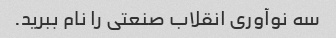
سه نوآوری انقلاب صنعتی را نام ببرید.